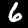
Digit: 6